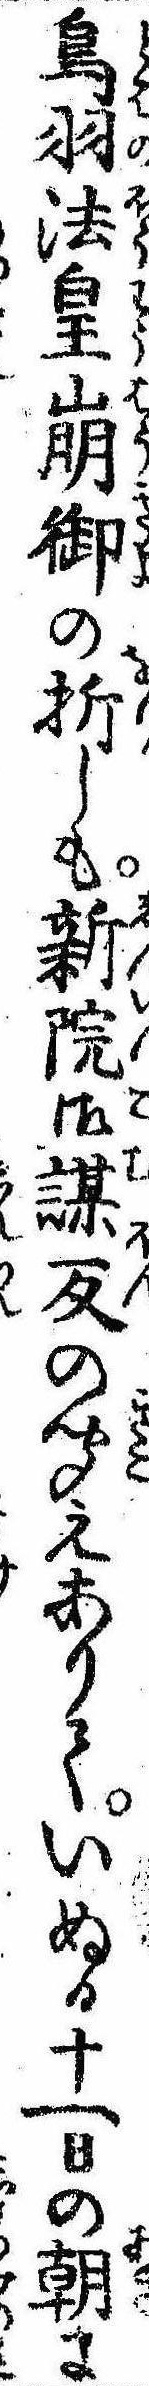
鳥羽法皇崩御の折しも新院御謀反の聞えありていぬる十一日の朝ま